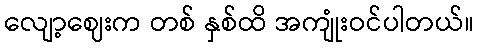
လျော့ဈေးက တစ် နှစ်ထိ အကျုံးဝင်ပါတယ်။